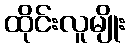
ထိုင်းလူမျိုး